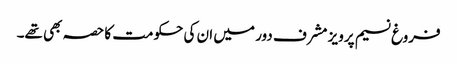
فروغ نسیم پرویز مشرف دور میں ان کی حکومت کا حصہ بھی تھے۔